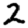
Digit: 2